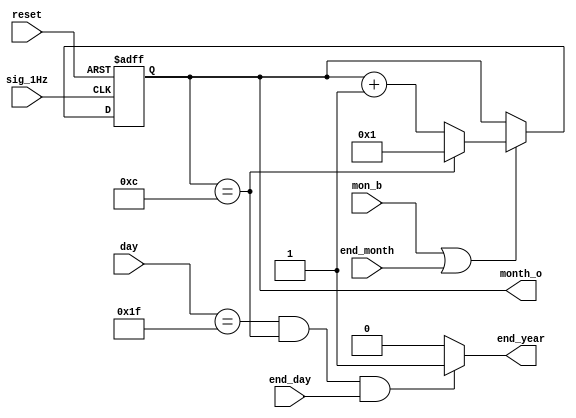
module thang( 
			input sig_1Hz,
			input end_day,
			input end_month,
			input mon_b,//but_month la de tang thang
			input reset,
			input [4:0] day,
			output end_year,// tin hieu da ket thuc 1 nam
			output [3:0] month_o);
			
			
			

	 //gan gia tri thang ban dau bang 1
	 reg [3:0] month=1;
	 
	 always@(posedge reset or posedge sig_1Hz)begin
	    if(reset) month=4'd1;
		 else 
				if(mon_b|end_month)
					if(month == 12) month <=1;
					else month<=month+1;
			end
		

		assign end_year= ((day==31 && month==12) && end_day)?1:0;
		assign month_o=month;
endmodule